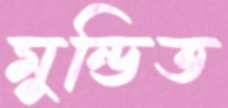
মুন্ডিত